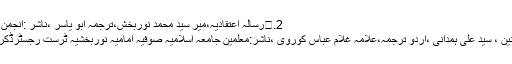
2.	رسالہ اعتقادیہ،میر سید محمد نوربخش،ترجمہ ابو یاسر ،ناشر :انجمن صوفیہ نوربخشیہ کراچی پاکستان
3.	السبعین فی فضائل امیر المومنین ، سید علی ہمدانی ،اردو ترجمہ،علامہ غلام عباس کوروی ،ناشر:معلمین جامعہ اسلامیہ صوفیہ امامیہ نوربخشیہ ٹرست رجسٹرڈکراچی پاکستان ،سال اشاعت ١٩٩٩۔